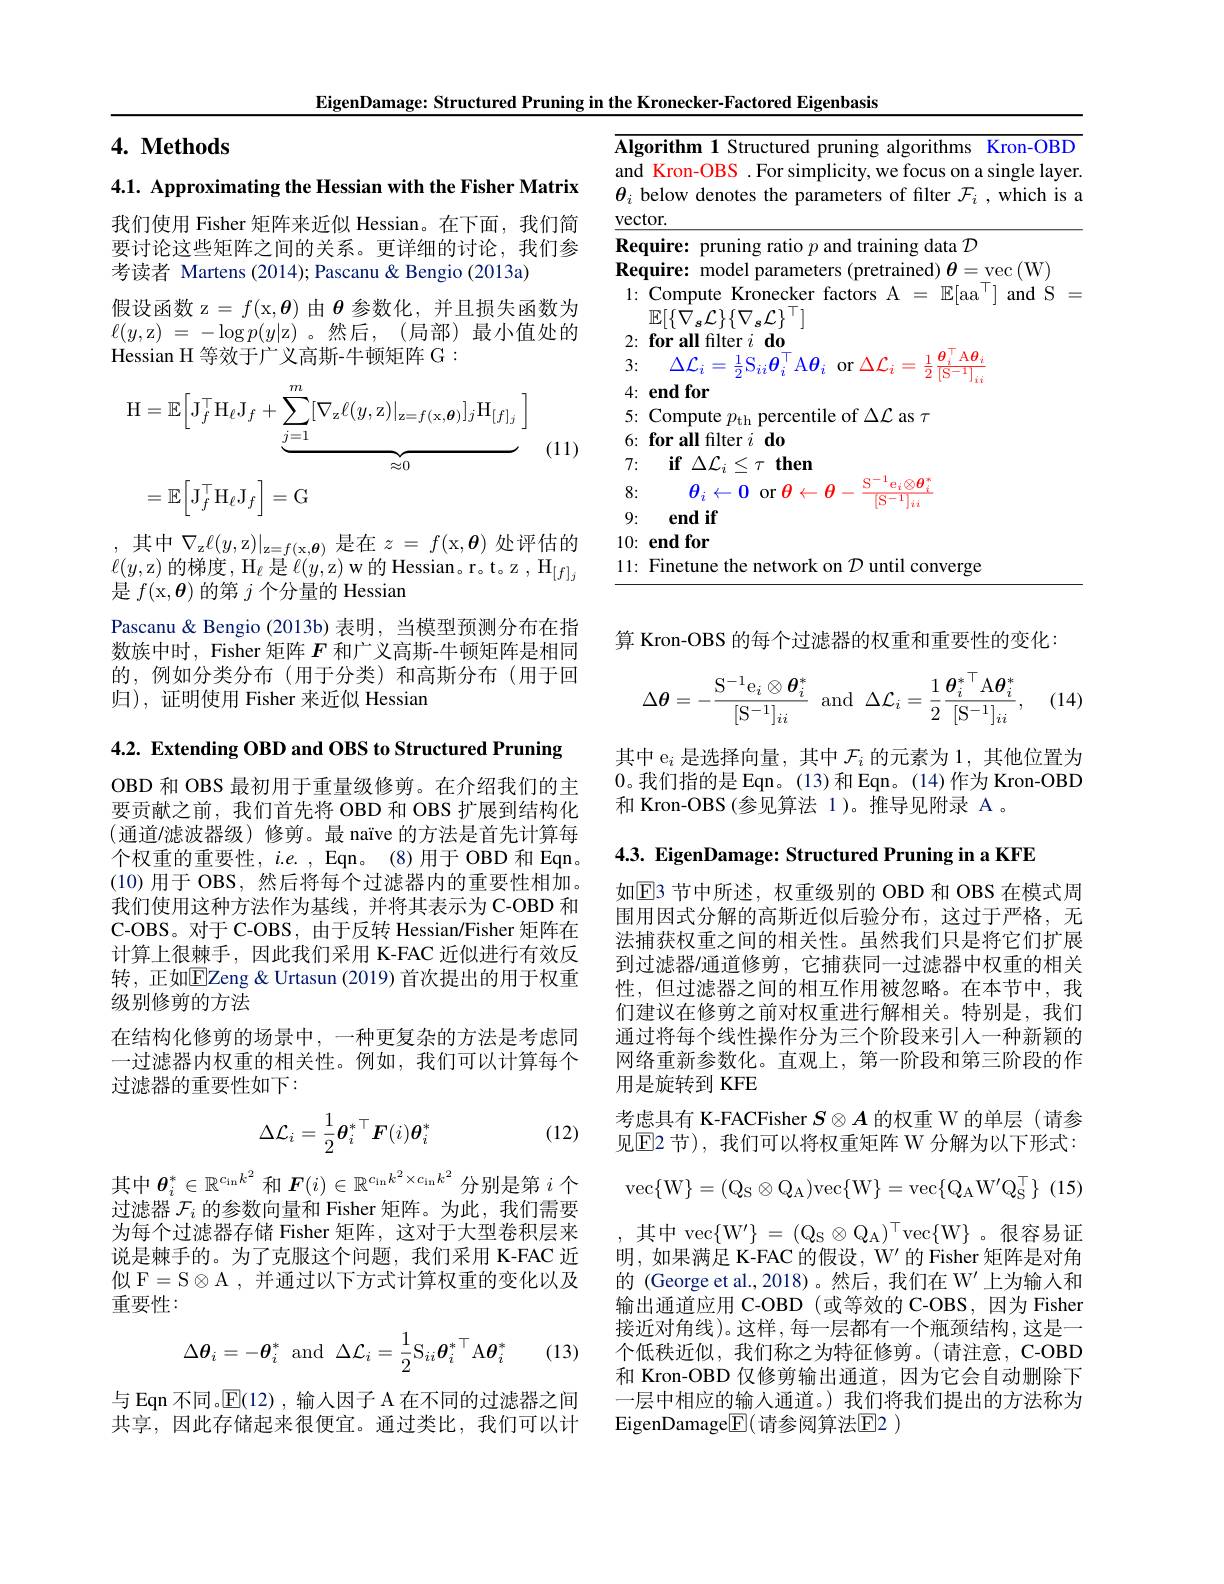
EigenDamage: Structured Pruning in the Kronecker-Factored Eigenbasis

# 4. Methods

4.1. Approximating the Hessian with the Fisher Matrix

我们使用 Fisher 矩阵来近似 Hessian。在下面，我们简要讨论这些矩阵之间的关系。更详细的讨论，我们参考读者 Martens (2014);Pascanu& Bengio (2013a)
假设函数 z $=f($x$,\boldsymbol{\theta})$由$\boldsymbol{\theta}$参数化，并且损失函数为$\ell(y$,z) = $- \log p( y|$z)。然后，(局部) 最小值处的Hessian H 等效于广义高斯-牛顿矩阵 G :
$$\begin{aligned}\text{H}&=\mathbb{E}\Big[\mathrm{J}_{f}^{\top}\mathrm{H}_{\ell}\mathrm{J}_{f}+\underbrace{\sum_{j=1}^{m}[\nabla_{\mathrm{z}}\ell(y,\mathrm{z})|_{\mathrm{z}=f(\mathrm{x},\boldsymbol{\theta})}]_{j}\mathrm{H}_{[f]_{j}}}_{\approx0}\:\Big]\\&=\mathbb{E}\Big[\mathrm{J}_{f}^{\top}\mathrm{H}_{\ell}\mathrm{J}_{f}\Big]=\mathrm{G}\end{aligned}$$
(11)

,其中$\nabla_\mathrm{z}\ell(y$,z$)|_\mathrm{z=f(x,\boldsymbol{\theta})}$是在$z=f($x$,\boldsymbol\theta)$处评估的$\ell(y$,z) 的梯度，H$_\ell$是$\ell(y$,z) w 的 Hessian。r。t。z , $\mathcal{H}_[f]_j$ 是$f($x$,\boldsymbol{\theta})$的第$j$个分量的 Hessian

Pascanu& Bengio(2013b)表明，当模型预测分布在指数族中时，Fisher 矩阵$F$和广义高斯-牛顿矩阵是相同的，例如分类分布(用于分类)和高斯分布(用于回归), 证明使用 Fisher 来近似 Hessian

4.2. Extending OBD and OBS to Structured Pruning

OBD 和 OBS 最初用于重量级修剪。在介绍我们的主要贡献之前，我们首先将 OBD 和 OBS 扩展到结构化(通道/滤波器级)修剪。最 naïve 的方法是首先计算每个权重的重要性，$i.e.$, Eqn。(8)用于 OBD 和 Eqn (10)用于 OBS, 然后将每个过滤器内的重要性相加。我们使用这种方法作为基线，并将其表示为C-OBD 和C-OBS。对于 C-OBS, 由于反转 Hessian/Fisher 矩阵在计算上很棘手，因此我们采用 K-FAC 近似进行有效反转，正如$\overline{\mathrm{E}}$Zeng & Urtasun (2019) 首次提出的用于权重级别修剪的方法
在结构化修剪的场景中，一种更复杂的方法是考虑同一过滤器内权重的相关性。例如，我们可以计算每个过滤器的重要性如下：
$$\Delta\mathcal{L}_i=\frac{1}{2}\boldsymbol{\theta}_i^*{}^\top\boldsymbol{F}(i)\boldsymbol{\theta}_i^*$$
(12)

其中$\boldsymbol\theta_i^*\in\mathbb{R}^{c_\mathrm{in}k^2}$和$\boldsymbol F(i)\in\mathbb{R}^{c_\mathrm{in}k^2\times c_\mathrm{in}k^2}$分别是第$i$个过滤器$\mathcal{F}_i$的参数向量和 Fisher 矩阵。为此，我们需要为每个过滤器存储 Fisher 矩阵，这对于大型卷积层来说是棘手的。为了克服这个问题，我们采用 K-FAC 近似 F=S$\otimes$A ,并通过以下方式计算权重的变化以及重要性：

(13)
$$\Delta\boldsymbol{\theta}_{i}=-\boldsymbol{\theta}_{i}^{*}\:\mathrm{and}\:\Delta\mathcal{L}_{i}=\frac{1}{2}\mathrm{S}_{ii}\boldsymbol{\theta}_{i}^{*}{}^{\top}\mathrm{A}\boldsymbol{\theta}_{i}^{*}$$
与 Eqn 不同。$\mathbb{E}(12)$ , 输入因子 A 在不同的过滤器之间共享，因此存储起来很便宜。通过类比，我们可以计

<table>
	<tbody>
		<tr>
			<td> </td>
			<td>Compute Kronecker factors A $=\mathbb{E}[$aa' and S $\mathbb{E}[\{\bar{\nabla}_{s}\mathcal{L}\}\{\nabla_{s}\mathcal{L}\}^{\top}]$</td>
		</tr>
		<tr>
			<td> </td>
			<td>$\textbf{if}\Delta \mathcal{L} _{i}\simeq$ $\leq\tau$ then</td>
		</tr>
		<tr>
			<td> </td>
			<td>$\theta _i$ . 0 or $\theta$ S $e_{i}\otimes\theta$ </td>
		</tr>
		<tr>
			<td> </td>
			<td>$\textbf{end if}$</td>
		</tr>
		<tr>
			<td>1</td>
			<td>end for</td>
		</tr>
		<tr>
			<td>1</td>
			<td>Finetun 117 converge</td>
		</tr>
	</tbody>
</table>

算 Kron-OBS 的每个过滤器的权重和重要性的变化：

(14)
$$\Delta\boldsymbol{\theta}=-\frac{\mathrm{S}^{-1}\mathrm{e}_i\otimes\boldsymbol{\theta}_i^*}{[\mathrm{S}^{-1}]_{ii}}\:\mathrm{and}\:\Delta\mathcal{L}_i=\frac{1}{2}\frac{\boldsymbol{\theta}_i^*{}^\top\mathrm{A}\boldsymbol{\theta}_i^*}{[\mathrm{S}^{-1}]_{ii}},$$
其中 e$_i$是选择向量，其中$\mathcal{F}_i$的元素为 1,其他位置为0。我们指的是 Eqn。(13)和 Eqn。(14)作为 Kron-OBD 和 Kron-OBS(参见算法 1)。推导见附录 A 。

4.3. EigenDamage: Structured Pruning in a KFE
如$\mathbb{E}$3 节中所述，权重级别的 OBD 和 OBS 在模式周围用因式分解的高斯近似后验分布，这过于严格，无法捕获权重之间的相关性。虽然我们只是将它们扩展到过滤器/通道修剪 ,它捕获同一过滤器中权重的相关性，但过滤器之间的相互作用被忽略。在本节中，我们建议在修剪之前对权重进行解相关。特别是，我们通过将每个线性操作分为三个阶段来引人一种新颖的网络重新参数化。直观上，第一阶段和第三阶段的作用是旋转到 KFE
考虑具有 K-FACFisher $S\otimes A$的权重 W 的单层 (请参见$\operatorname{E2}$ 节), 我们可以将权重矩阵 W 分解为以下形式：
$$\mathrm{vec\{W\}=(Q_{S}\otimes Q_{A})vec\{W\}=vec\{Q_{A}W'Q_{S}^{\top}\}}$$
其中$\operatorname { vec} \{ W^{\prime }\}$ = ( $Q_S\otimes Q_A) ^\top$vec$\{$W$\}$ 。很 容 易 证 明，如果满足 K-FAC 的假设，W' 的 Fisher 矩阵是对角的 (George et al.,2018)。然后，我们在 W' 上为输入和输出通道应用 C-OBD (或等效的 C-OBS,因为 Fisher 接近对角线)。这样，每一层都有一个瓶颈结构，这是一个低秩近似，我们称之为特征修剪。(请注意，C-OBD 和 Kron-OBD 仅修剪输出通道，因为它会自动删除下一层中相应的输入通道。)我们将我们提出的方法称为EigenDamage$\boxed{\mathbb{E}}($请参阅算法$\mathbb{E}$2 )